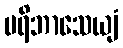
ပရိဘာသေယျံ